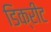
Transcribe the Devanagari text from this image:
डिक्रीट